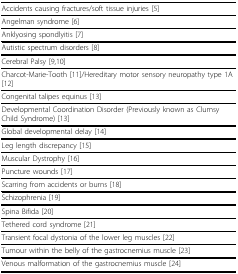
| Accidents causing fractures/soft tissue injuries [5] |
 | --- |
 | Angelman syndrome [6] |
 | Anklyosing spondlyitis [7] |
 | Autistic spectrum disorders [8] |
 | Cerebral Palsy [9,10] |
 | Charcot-Marie-Tooth [11]/Hereditary motor sensory neuropathy type 1A [12] |
 | Congenital talipes equinus [13] |
 | Developmental Coordination Disorder (Previously known as Clumsy Child Syndrome) [13] |
 | Global developmental delay [14] |
 | Leg length discrepancy [15] |
 | Muscular Dystrophy [16] |
 | Puncture wounds [17] |
 | Scarring from accidents or burns [18] |
 | Schizophrenia [19] |
 | Spina Bifida [20] |
 | Tethered cord syndrome [21] |
 | Transient focal dystonia of the lower leg muscles [22] |
 | Tumour within the belly of the gastrocnemius muscle [23] |
 | Venous malformation of the gastrocnemius muscle [24] |